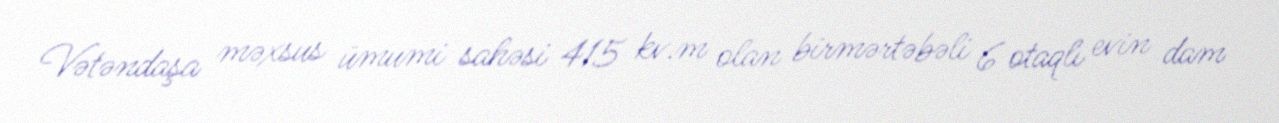
Vətəndaşa məxsus ümumi sahəsi 415 kv.m olan birmərtəbəli 6 otaqlı evin dam